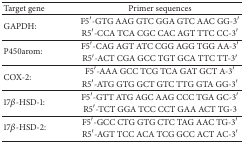
| Target gene | Primer sequences |
 | --- | --- |
 | <ROWSPAN=2> GAPDH: | F5′-GTG AAG GTC GGA GTC AAC GG-3′ |
 | R5′-CCA TCA CGC CAC AGT TTC CC-3′ |
 | <ROWSPAN=2> P450arom: | F5′-CAG AGT ATC CGG AGG TGG AA-3′ |
 | R5′-ACT CGA GCC TGT GCA TTC TT-3′ |
 | <ROWSPAN=2> COX-2: | F5′-AAA GCC TCG TCA GAT GCT A-3′ |
 | R5′-ATG GTG GCT GTC TTG GTA GG-3′ |
 | <ROWSPAN=2> 17β-HSD-1: | F5′-GTT ATG AGC AAG CCC TGA GC-3′ |
 | R5′-TCT GGA TCC CCT GAA ACT TG-3 |
 | <ROWSPAN=2> 17β-HSD-2: | F5′-GCC CTG GTG CTC TAG AAC TG-3′ |
 | R5′-AGT TCC ACA TCG GCC ACT AC-3′ |